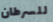
للسرطان